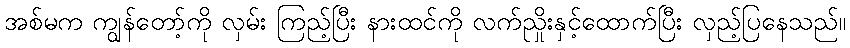
အစ်မက ကျွန်တော့်ကို လှမ်း ကြည့်ပြီး နားထင်ကို လက်ညှိုးနှင့်ထောက်ပြီး လှည့်ပြနေသည်။